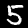
Label: 5